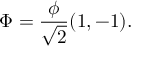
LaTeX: \Phi = { \frac { \phi } { \sqrt { 2 } } } ( 1 , - 1 ) .